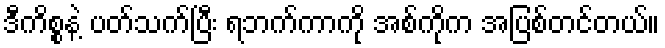
ဒီကိစ္စနဲ့ ပတ်သက်ပြီး ရဘက်ကာကို အစ်ကိုက အပြစ်တင်တယ်။